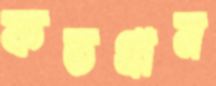
কতগ্রাম